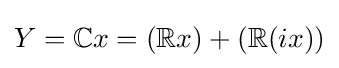
Y=\mathbb {C} x=(\mathbb {R} x)+(\mathbb {R} (ix))